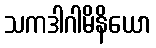
သကဒါဂါမိနိယော